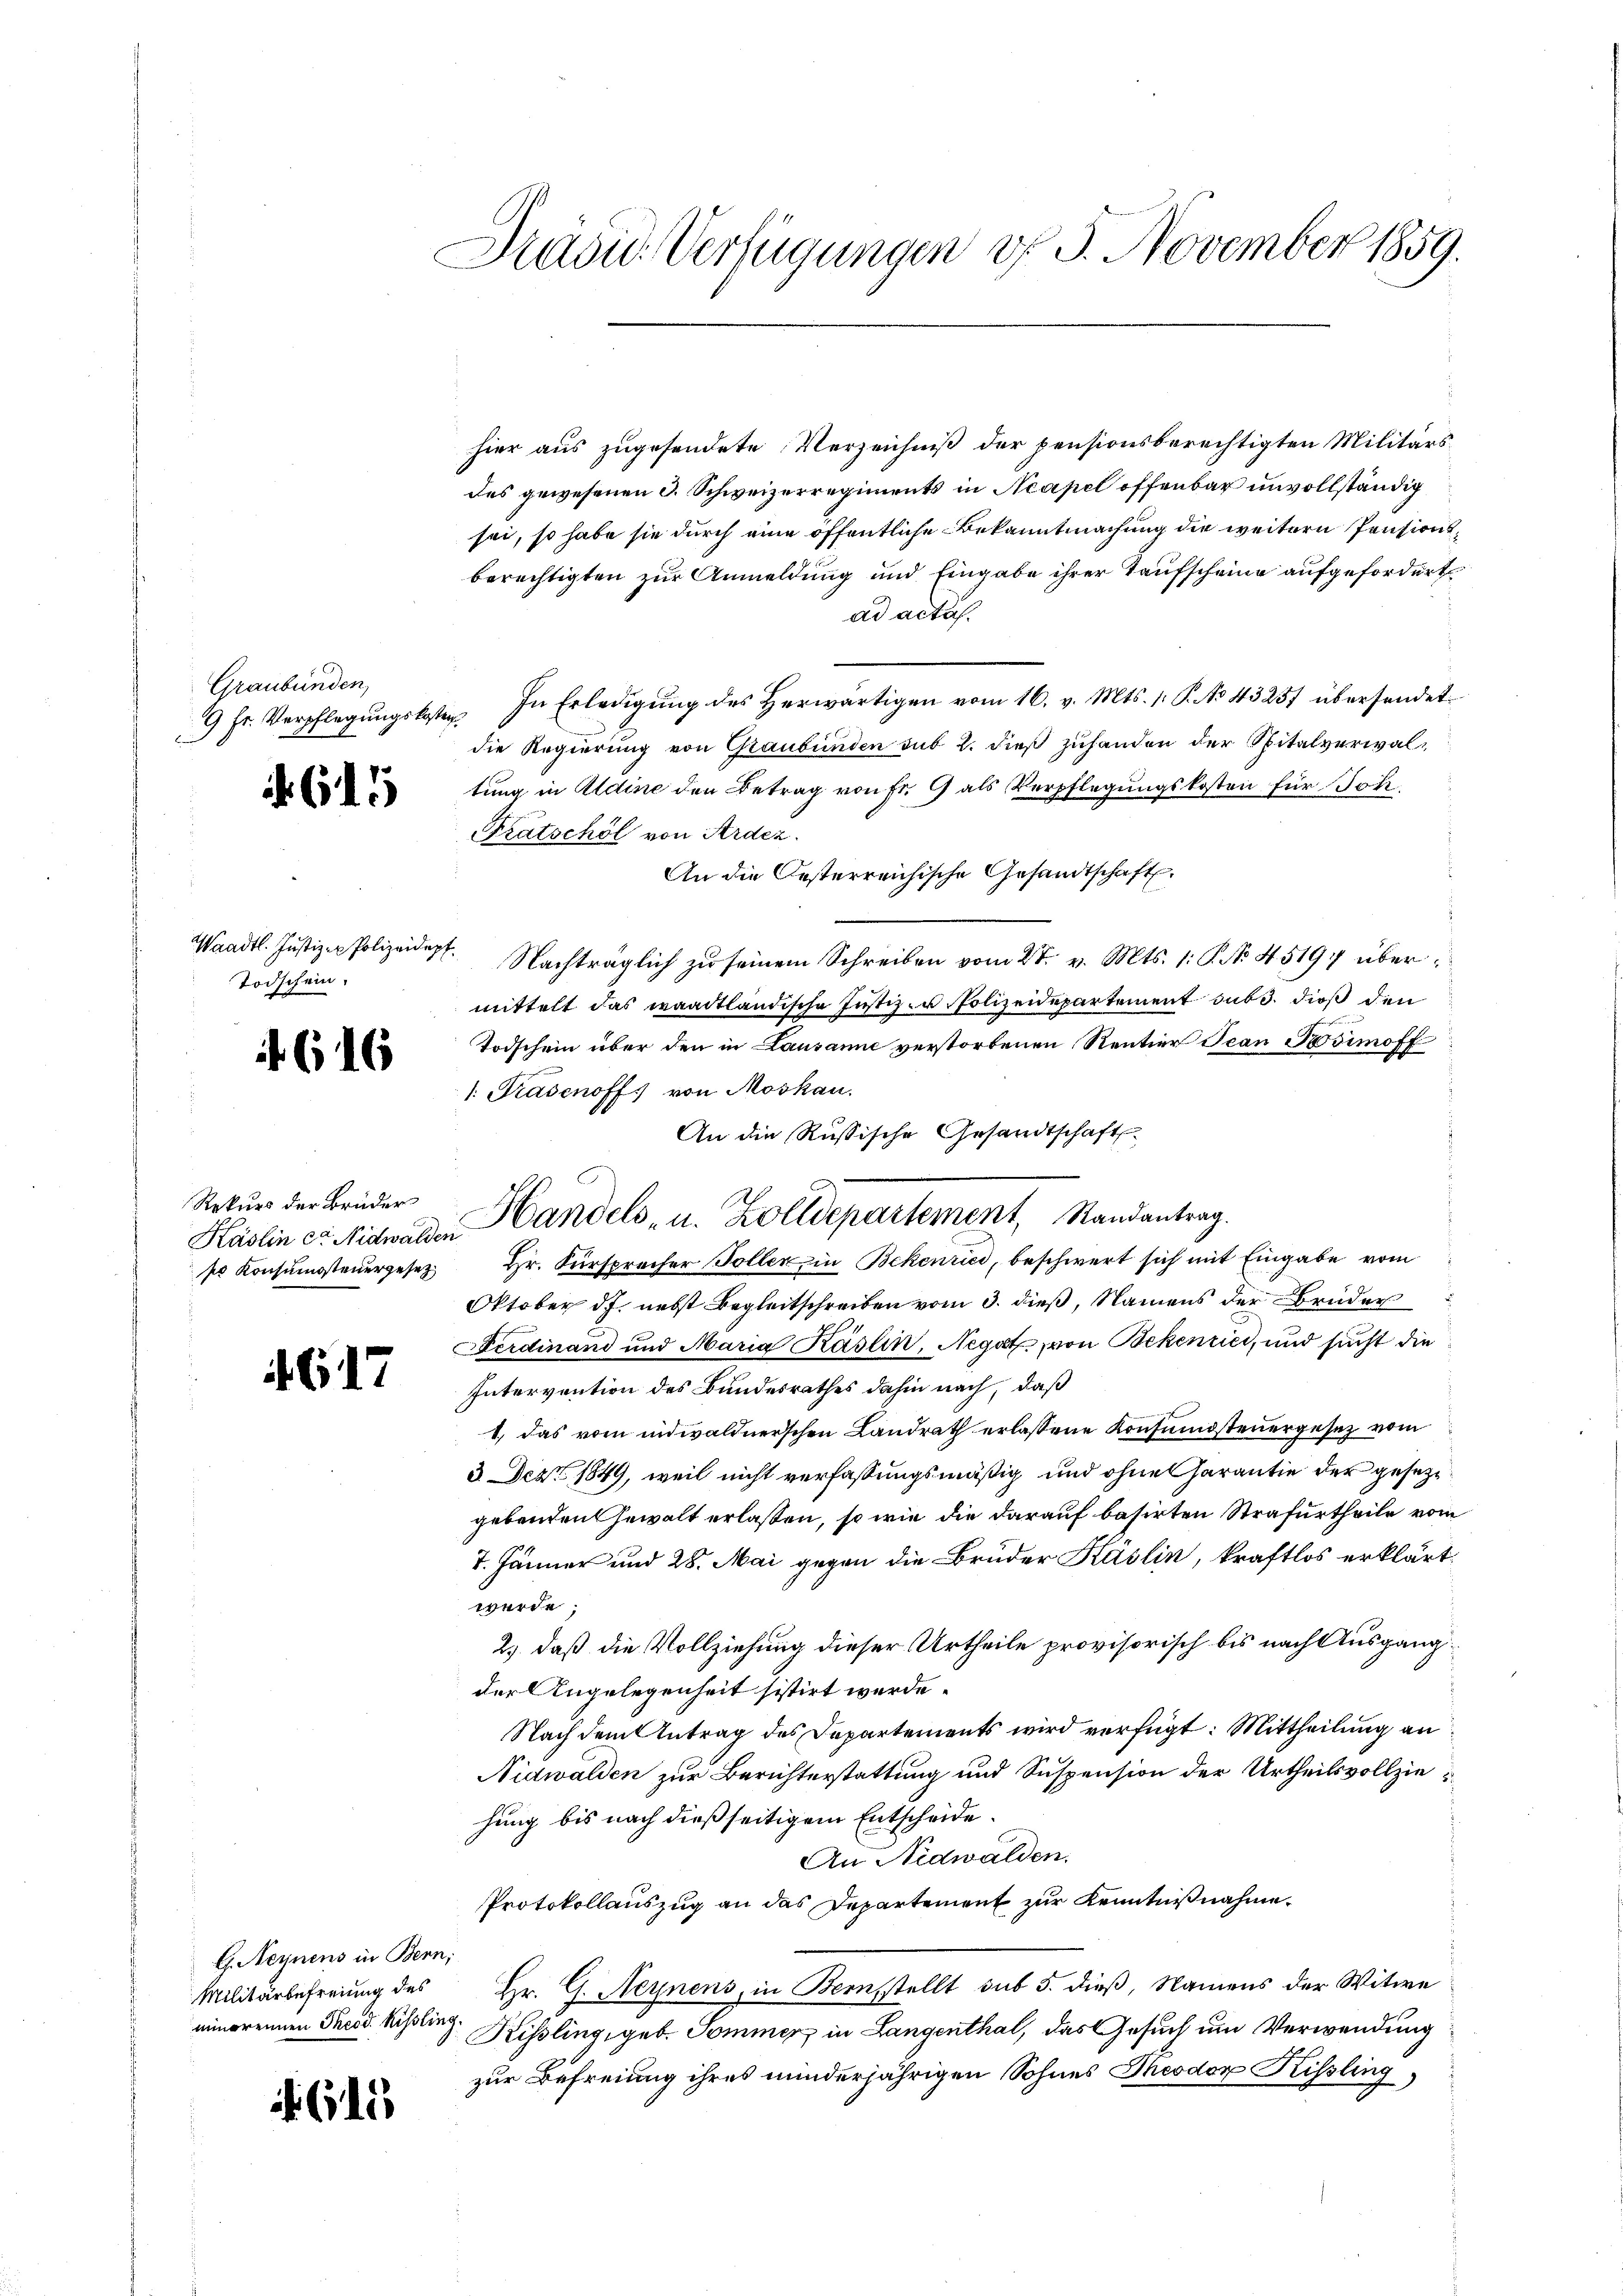
Präsid. Verfügungen d. 3. November 1859.

hier aus zugesendete Verzeichniß der pensionsberechtigten Militärs
des gewesenen 3. Schweizerregiments in Neapel offenbar unvollständig
sei, so habe sie durch eine öffentliche Bekanntmachung die weitern Pensionsberechtigten zur Anmeldung und Eingabe ihrer Taufscheine aufgefordert
ad acta.
9 fr. Verpflegŭngskosten. In Erledigŭng des herwärtigen vom 16. v. Mts. 1. P. No 43257 übersendet
die Regierung von Graubünden sub 2. dieß zuhanden der Spitalverwaltung in Aldine den Betrag von Fr. 9 als Verpflegungskosten für Joh.
Fratschöl von Ardez.
An die Oesterreichische Gesandtschaft
Nachträglich zu seinem Schreiben vom 27. v. Mts. 1: P. No 45197 übermittelt das waadtländische Justiz- u. Polizeidepartement sub. dieß den
Todschein über den in Lausanne verstorbenen Rentier Jean Posimoff
1. Trasenoff) von Moskau
An die Russische Gesandtschaft
s Konsumsteuergesez Hr. Fürsprecher Toller in Bekenrici, beschwert sich mit Eingabe vom
Oktober df. nebst Begleitschreiben vom 3. dieß, Namens der Brüder
Ferdinand und Maria Käslin, Negatz, von Bekenrici, und sucht die
Intervention des Bundesrathes dahin nach, daß
1.) Das vom indwaldnerschen Landrath erlassene Konsendsteuergesetz vom
3. Dez. 1849, weil nicht verfassungsmäßig und ohne Garantie der gesetze
gebenden Gewalt erlassen, so wie die darauf basirten Strafurtheile vom
7. Jänner und 28. Mai gegen die Bruder Käslin, kraftlos erklärt.
werde;
2.) daß die Vollziehung dieser Urtheile provisorisch bis nach Ausgangder Angelegenheit sistirt werde.
Nach dem Antrag des Departements wird verfügt: Mittheilung an
Nidwalden zur Berichterstattung und Suspension der Urtheilsvollziehung bis nach dießseitigem Entscheide.
An Nidwalden.
Protokollauszug an das Departement zur Kenntnißnahme.
Militärbefreiung des Hr. G. Neynens, in Bernstellt sub 5. dieß, Namens der Witwe
Kissling, geb. Sommer in Langenthal, das Gesuch um Verwendung
zur Befreiung ihres minderjährigen Sohnes Theodor Kissling

Graubünden,

645

Waadt. Justiz- u Polizeidept.
Todschein.

if. 616

Rekŭrs der Brüder Handels, u. Zolldepartement, Randantrag.

Käslin ca Nidwalden

G17

G. Neynens in Bern;
minorennen Theod. Kissling.

615